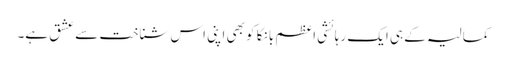
کمالیہ کے ہی ایک رہائشی اعظم بانکا کو بھی اپنی اس شناخت سے عشق ہے۔